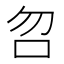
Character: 𠯳